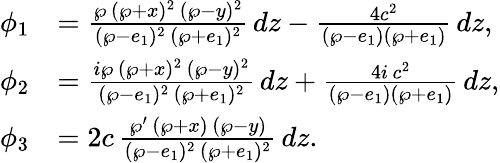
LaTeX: \begin{array}{rl}{\phi_{1}}&{=\frac{\wp\, (\wp+x)^{2}\, (\wp-y)^{2}}{(\wp-e_{1})^{2}\, (\wp+e_{1})^{2}}\, dz-\frac{4c^{2}}{(\wp-e_{1})(\wp+e_{1})}\, dz,}\\ {\phi_{2}}&{=\frac{i\wp\, (\wp+x)^{2}\, (\wp-y)^{2}}{(\wp-e_{1})^{2}\, (\wp+e_{1})^{2}}\, dz+\frac{4i\, c^{2}}{(\wp-e_{1})(\wp+e_{1})}\, dz,}\\ {\phi_{3}}&{=2c\, \frac{\wp^{\prime}\, (\wp+x)\, (\wp-y)}{(\wp-e_{1})^{2}\, (\wp+e_{1})^{2}}\, dz.}\end{array}